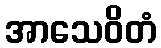
အာသေဝိတံ